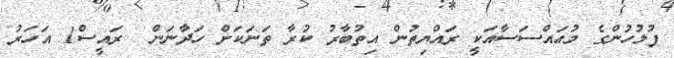
ފުލުހުންގެ މުއައްސަސާއަކީ ރައްޔިތުން އިތުބާރު ކުރާ ތަނަކަށް ހަދާނަން  ރައީސް1 އަހަރު